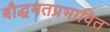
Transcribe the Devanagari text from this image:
बौद्धमतप्रभावित